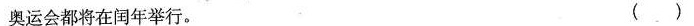
奥运会都将在闰年举行。( )